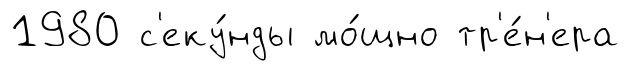
1980 с'еку́нды мо́щно тр'е́н'ера